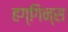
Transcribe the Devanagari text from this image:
हग्गिन्स